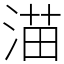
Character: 渵